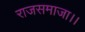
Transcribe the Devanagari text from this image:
राजसमाजा।।